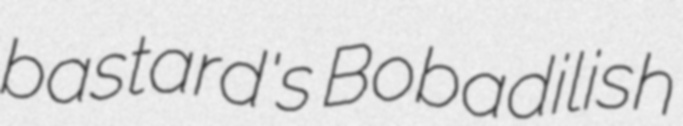
bastard's Bobadilish